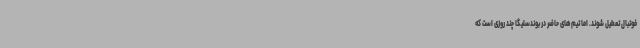
فوتبال تعطیل شوند. اما تیم‌های حاضر در بوندسلیگا چند روزی است که